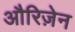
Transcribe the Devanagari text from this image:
औरिज़ेन